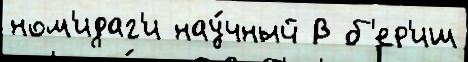
ном'идаг'и нау́чный В б'ер'иш